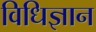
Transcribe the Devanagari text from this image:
विधिज्ञान